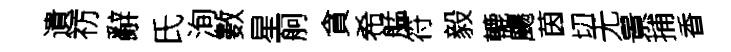
遺祊辭氏洵數星舸貪希艋符毅轆颺茵切无㬌捕香